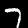
Digit: 7